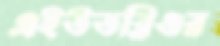
এইউডব্লিওর